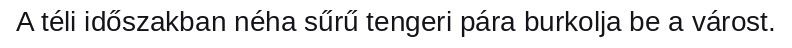
A téli időszakban néha sűrű tengeri pára burkolja be a várost.